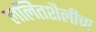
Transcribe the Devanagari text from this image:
ललितशैलीचा